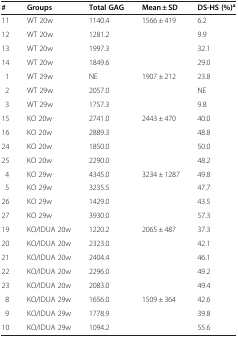
<table><thead><tr><td><b>#</b></td><td><b>Groups</b></td><td><b>Total GAG</b></td><td><b>Mean ± SD</b></td><td><b>DS-HS (%)<sup>a</sup></b></td></tr></thead><tbody><tr><td>11</td><td>WT 20w</td><td>1140.4</td><td>1566 ± 419</td><td>6.2</td></tr><tr><td>12</td><td>WT 20w</td><td>1281.2</td><td> </td><td>9.9</td></tr><tr><td>13</td><td>WT 20w</td><td>1997.3</td><td> </td><td>32.1</td></tr><tr><td>14</td><td>WT 20w</td><td>1849.6</td><td> </td><td>29.0</td></tr><tr><td>1</td><td>WT 29w</td><td>NE</td><td>1907 ± 212</td><td>23.8</td></tr><tr><td>2</td><td>WT 29w</td><td>2057.0</td><td> </td><td>NE</td></tr><tr><td>3</td><td>WT 29w</td><td>1757.3</td><td> </td><td>9.8</td></tr><tr><td>15</td><td>KO 20w</td><td>2741.0</td><td>2443 ± 470</td><td>40.0</td></tr><tr><td>16</td><td>KO 20w</td><td>2889.3</td><td> </td><td>48.8</td></tr><tr><td>24</td><td>KO 20w</td><td>1850.0</td><td> </td><td>50.0</td></tr><tr><td>25</td><td>KO 20w</td><td>2290.0</td><td> </td><td>48.2</td></tr><tr><td>4</td><td>KO 29w</td><td>4345.0</td><td>3234 ± 1287</td><td>49.8</td></tr><tr><td>5</td><td>KO 29w</td><td>3235.5</td><td> </td><td>47.7</td></tr><tr><td>26</td><td>KO 29w</td><td>1429.0</td><td> </td><td>43.5</td></tr><tr><td>27</td><td>KO 29w</td><td>3930.0</td><td> </td><td>57.3</td></tr><tr><td>19</td><td>KO/IDUA 20w</td><td>1220.2</td><td>2065 ± 487</td><td>37.3</td></tr><tr><td>20</td><td>KO/IDUA 20w</td><td>2323.0</td><td> </td><td>42.1</td></tr><tr><td>21</td><td>KO/IDUA 20w</td><td>2404.4</td><td> </td><td>46.1</td></tr><tr><td>22</td><td>KO/IDUA 20w</td><td>2296.0</td><td> </td><td>49.2</td></tr><tr><td>23</td><td>KO/IDUA 20w</td><td>2083.0</td><td> </td><td>49.4</td></tr><tr><td>8</td><td>KO/IDUA 29w</td><td>1656.0</td><td>1509 ± 364</td><td>42.6</td></tr><tr><td>9</td><td>KO/IDUA 29w</td><td>1778.9</td><td> </td><td>39.8</td></tr><tr><td>10</td><td>KO/IDUA 29w</td><td>1094.2</td><td> </td><td>55.6</td></tr></tbody></table>